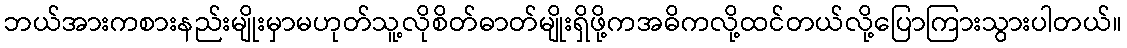
ဘယ်အားကစားနည်းမျိုးမှာမဟုတ်သူ့လိုစိတ်ဓာတ်မျိုးရှိဖို့ကအဓိကလို့ထင်တယ်လို့ပြောကြားသွားပါတယ်။